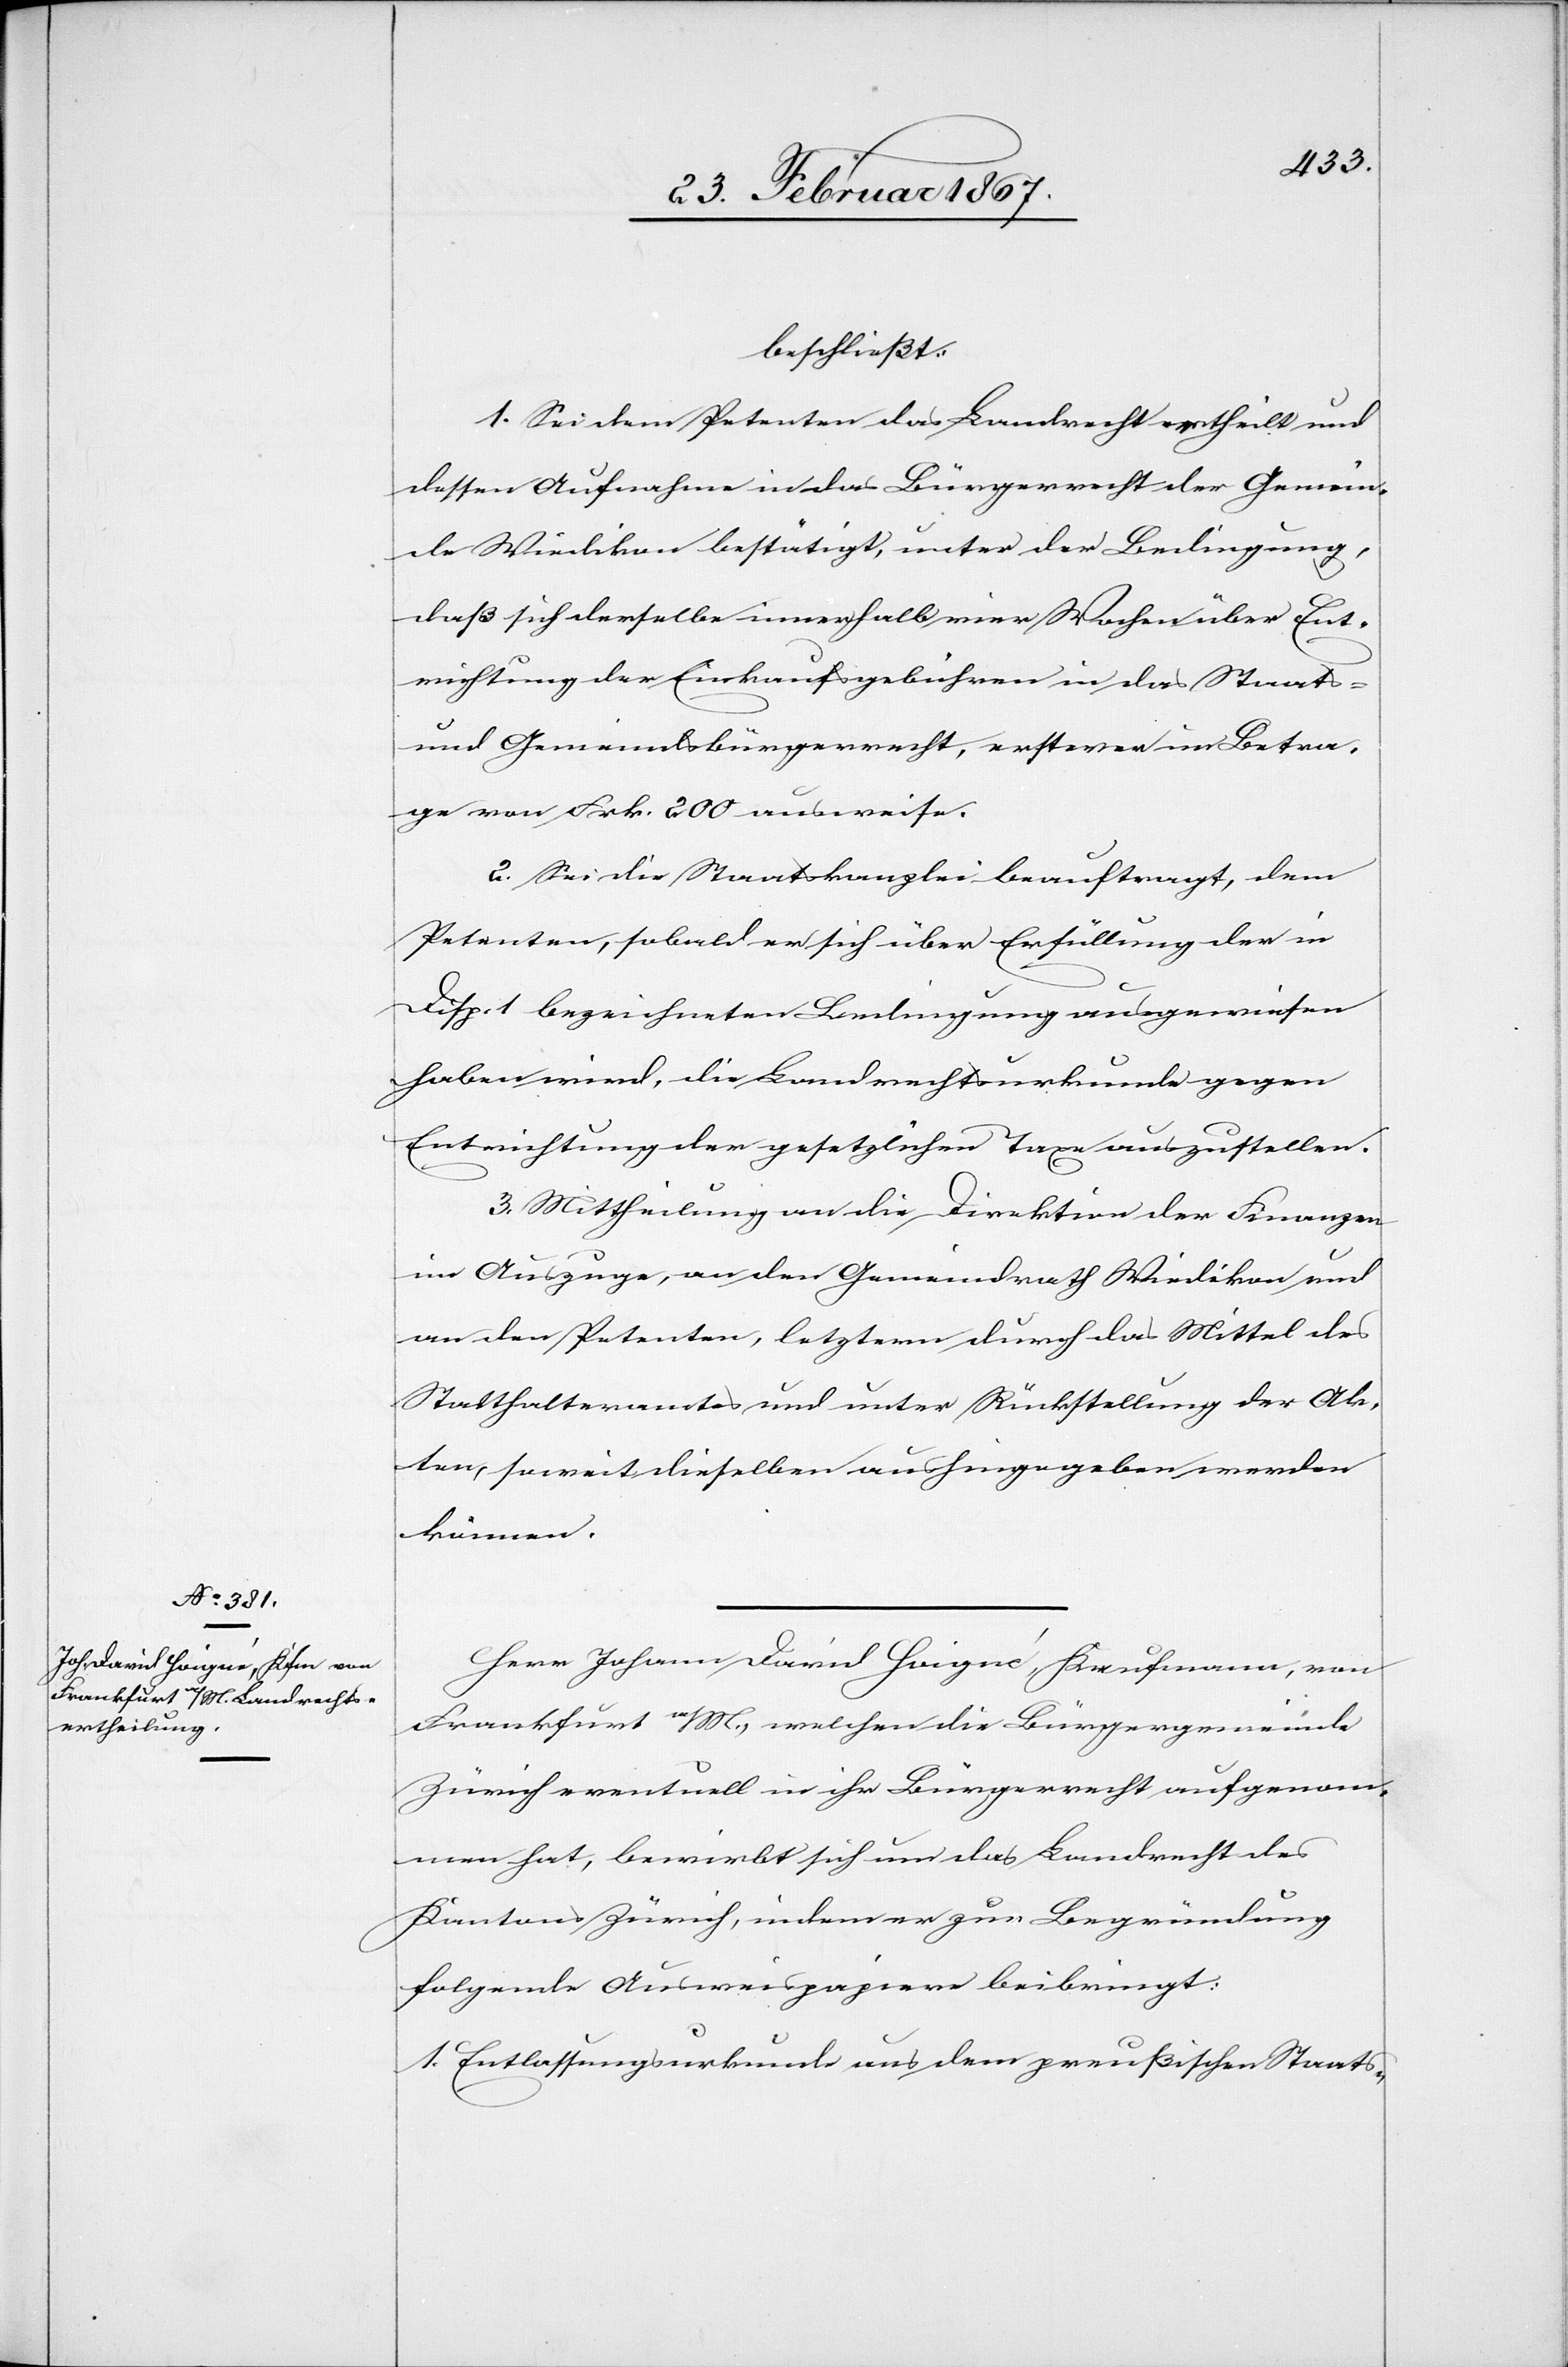
beschließt:
1. Sei dem Petenten das Landrecht ertheilt und
dessen Aufnahme in das Bürgerrecht der Gemein¬
de Wiedikon bestätigt, unter der Bedingung,
daß sich derselbe innerhalb vier Wochen über Ent¬
richtung der Einkaufsgebühren in das Staats-
und Gemeindsbürgerrecht, ersteren im Betra¬
ge von Frk. 200 ausweise.
2. Sei die Staatskanzlei beauftragt, dem
Petenten, sobald er sich über Erfüllung der in
Disp. 1 bezeichneten Bedingung ausgewiesen
haben wird, die Landrechtsurkunde gegen
Entrichtung der gesetzlichen Taxe auszustellen.
3. Mittheilung an die Direktion der Finanzen
im Auszuge, an den Gemeindrath Wiedikon, und
an den Petenten, letzterm durch das Mittel des
Statthalteramtes und unter Rückstellung der Ak¬
ten, soweit dieselben aushingegeben werden
können.
Herr Johann David Hoigné, Kaufmann, von
Frankfurt a/M., welchen die Bürgergemeinde
Zürich eventuell in ihr Bürgerrecht aufgenom¬
men hat, bewirbt sich um das Landrecht des
Kantons Zürich, indem er zur Begründung
folgende Ausweispapiere beibringt:
1. Entlassungsurkunde aus dem preußischen Staats-